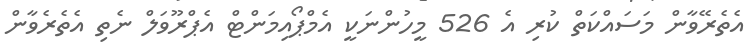
އެތެރޭވާން މަސައްކަތް ކުރި އެ 526 މީހުންނަކީ އެމްޕޯއިމަންޓް އެޕްރޫވަލް ނެތި އެތެރެވާން